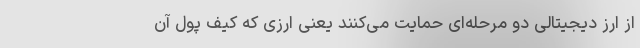
از ارز دیجیتالی دو مرحله‌ای حمایت می‌کنند یعنی ارزی که کیف پول آن